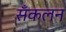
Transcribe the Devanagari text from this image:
सँकलन